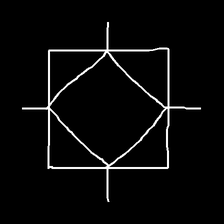
Glyph: light